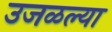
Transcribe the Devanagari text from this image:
उजळल्या